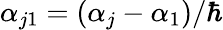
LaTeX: \alpha_{j1}=(\alpha_{j}-\alpha_{1})/\hbar